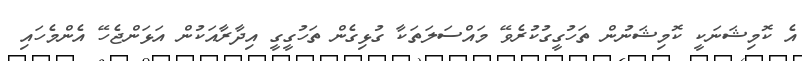
އެ ކޮމިޝަނަކީ ކޮމިޝަނުން ތަހުގީގުކުރެވޭ މައްސަލަތަކާ ގުޅިގެން ތަހުގީގީ އިދާރާއަކުން އަޅަންޖެހޭ އެންމެހައި